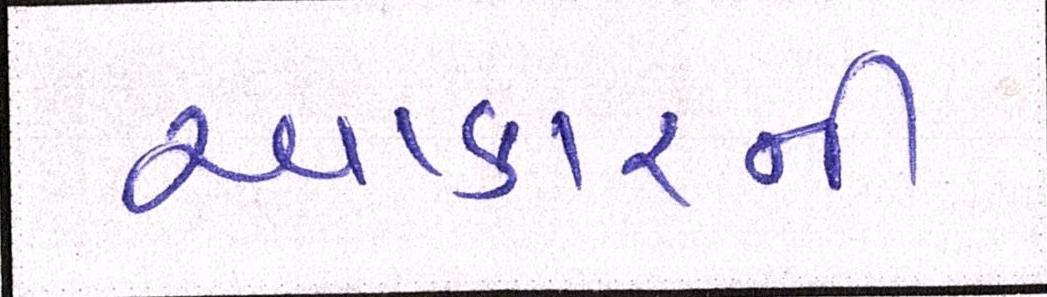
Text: આકારની